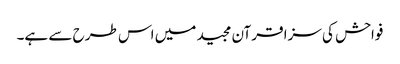
فواحش کی سزا قرآن مجید میں اس طرح سے ہے۔